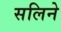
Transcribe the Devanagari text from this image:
सलिने